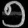
Digit: ၅